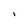
Character: I